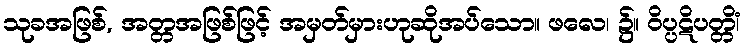
သုခအဖြစ်, အတ္တအဖြစ်ဖြင့် အမှတ်မှားဟုဆိုအပ်သော။ ဖလေ၊ ၌။ ဝိပ္ပဋိပတ္တိံ၊